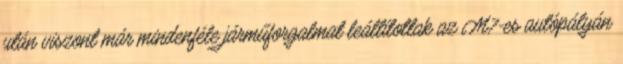
után viszont már mindenféle járműforgalmat leállítottak az M7-es autópályán